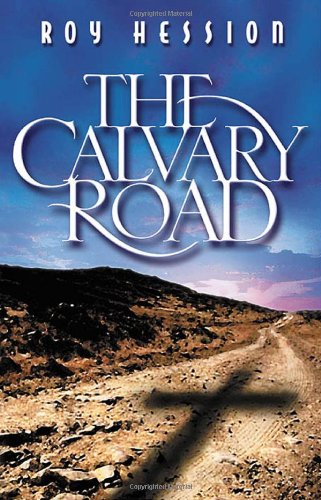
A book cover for The Calvary Road; Roy Hession; Christian Books & Bibles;